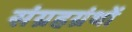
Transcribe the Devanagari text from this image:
संग्रहग्रंथों